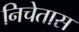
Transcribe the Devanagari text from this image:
निचेतास